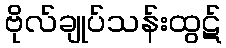
ဗိုလ်ချုပ်သန်းထွဋ်